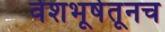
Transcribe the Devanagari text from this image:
वेशभूषेतूनच